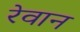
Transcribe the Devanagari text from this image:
रेवान